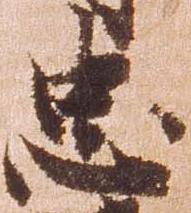
忠